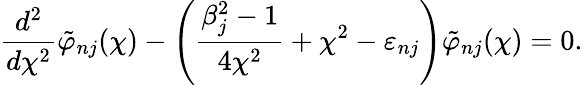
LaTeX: \frac{d^{2}}{d\chi^{2}}\tilde{\varphi}_{nj}(\chi)-\left(\frac{\beta_{j}^{2}-1}{4\chi^{2}}+\chi^{2}-\varepsilon_{nj}\right)\tilde{\varphi}_{nj}(\chi)=0.